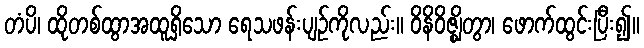
တံပိ၊ ထိုတစ်ထွာအထူရှိသော ရေသဖန်းပျဉ်ကိုလည်း။ ဝိနိဝိဇ္ဈိတွာ၊ ဖောက်ထွင်းပြီး၍။